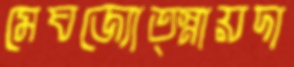
মেঘজ্যোত্স্নায়দা